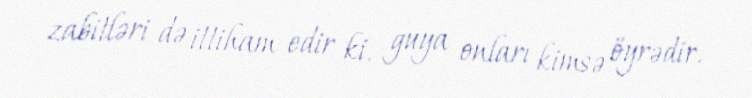
zabitləri də ittiham edir ki, guya onları kimsə öyrədir.